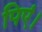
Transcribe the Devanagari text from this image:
पिएं।